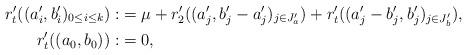
LaTeX: \begin{align*} r_t'( (a_i',b_i')_{0 \leq i \leq k} ) :&= \mu + r_2'( (a_j',b_j'-a_j')_{j \in J_a'}) + r_t'( (a_j'-b_j',b_j')_{j \in J_b'}), \\ r_t'( (a_0,b_0) ):&= 0,\end{align*}